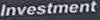
Investment